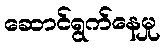
ဆောင်ရွက်နေမှု